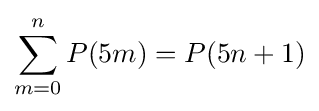
\sum _{m=0}^{n}P(5m)=P(5n+1)